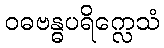
ဝဓဗန္ဓပရိက္လေသံ